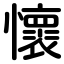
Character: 懷